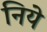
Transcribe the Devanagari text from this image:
निये